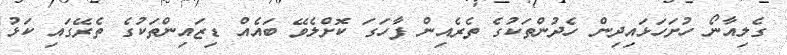
ގެލިއާނޯ ހުށަހަޅައިދިން ހެދުންތަކުގެ ތެރެއިން ފާހަގަ ކޮށްލެވޭ ބައެއް ޑިޒައިންތަކުގެ ތެރޭގައި ކަޅު